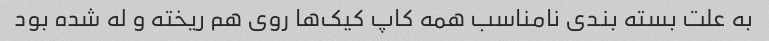
به علت بسته بندی نامناسب همه کاپ کیک‌ها روی هم ریخته و له شده بود